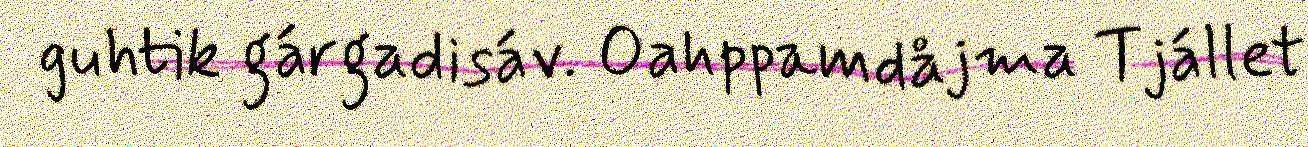
guhtik gárgadisáv. Oahppamdåjma Tjállet